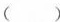
（ ）